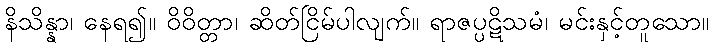
နိသိန္နာ၊ နေရ၍။ ဝိဝိတ္တာ၊ ဆိတ်ငြိမ်ပါလျက်။ ရာဇပ္ပဋိသမံ၊ မင်းနှင့်တူသော။